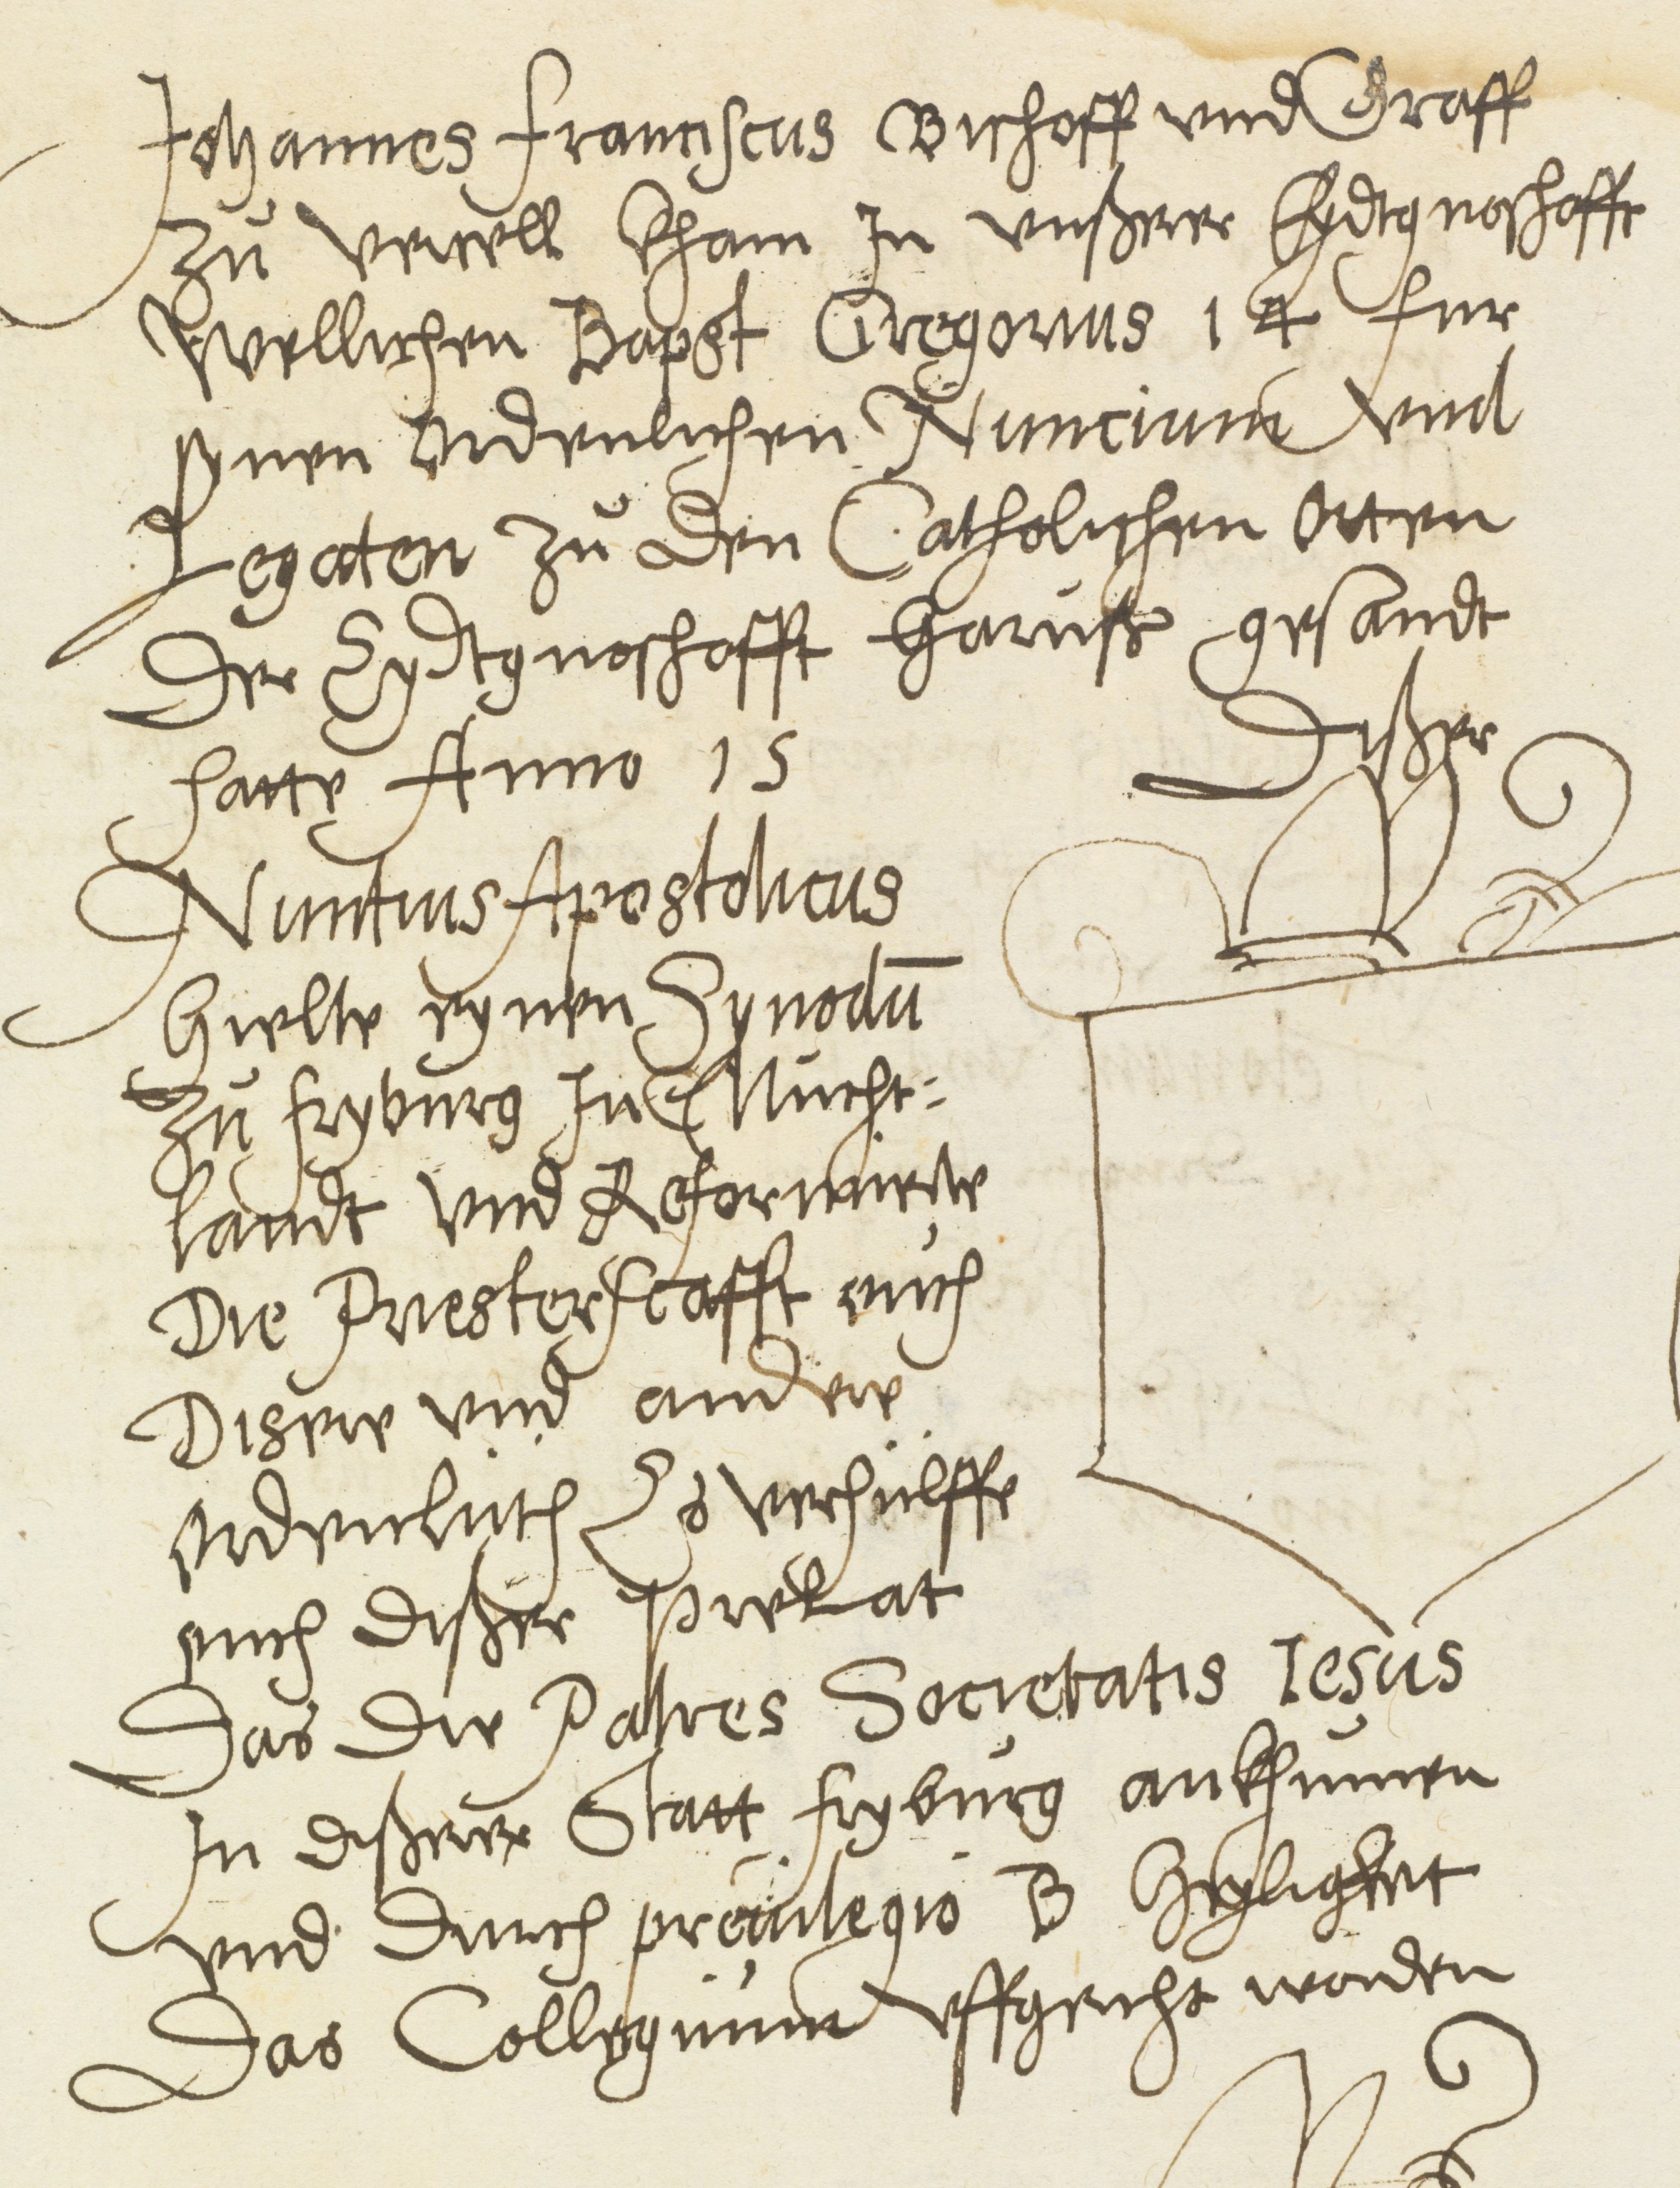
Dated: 1600–1630